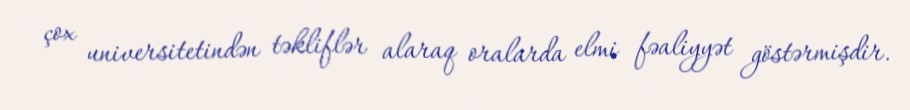
çox universitetindən təkliflər alaraq oralarda elmi fəaliyyət göstərmişdir.